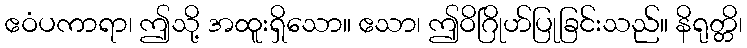
ဧဝံပကာရာ၊ ဤသို့ အထူးရှိသော။ ဧသာ၊ ဤဝိဂြိုဟ်ပြုခြင်းသည်။ နိရုတ္တိ၊